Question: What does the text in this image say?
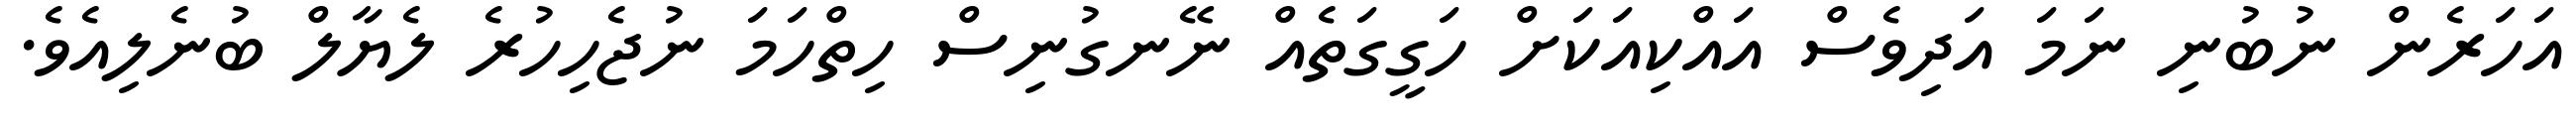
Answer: އަހަރެން ނުބުނި ނަމަ އަދިވެސް އައްކިއަކަށް ހަގީގަތެއް ނޭނގުނިސް ހިތްހަމަ ނުޖެހިހުރެ ލެޔާލް ބުނެލިއެވެ.